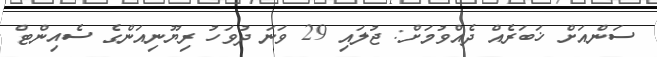
ސަންއަށް ޚަބަރެއް ދެއްވުމަށް: ޖުލައި 29 ވަނަ ދުވަހު ރިޔޫނިއަންގެ ސެއިންޓް